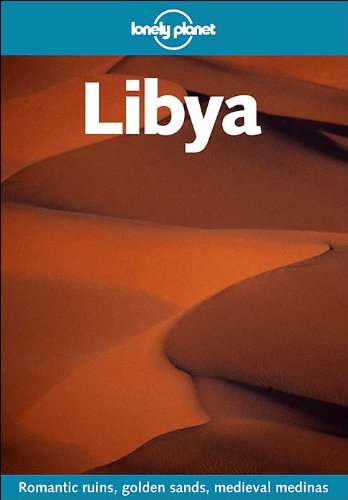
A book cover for Lonely Planet Libya; Anthony Ham; Travel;